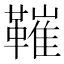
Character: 𩌩